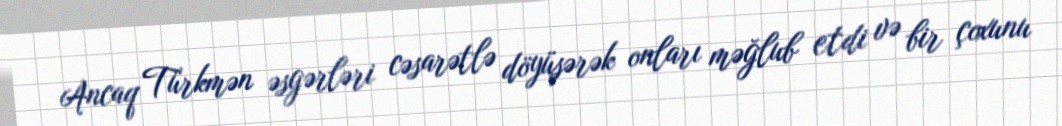
Ancaq Türkmən əsgərləri cəsarətlə döyüşərək onları məğlub etdi və bir çoxunu